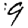
Digit: 9